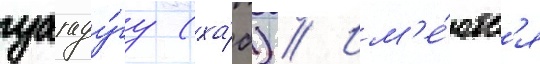
уагаду́гу (ха́б) // Им'е́ютс'я